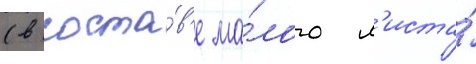
(в соста́в'е ма́лого л'иста́